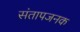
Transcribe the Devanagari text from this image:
संतापजनक